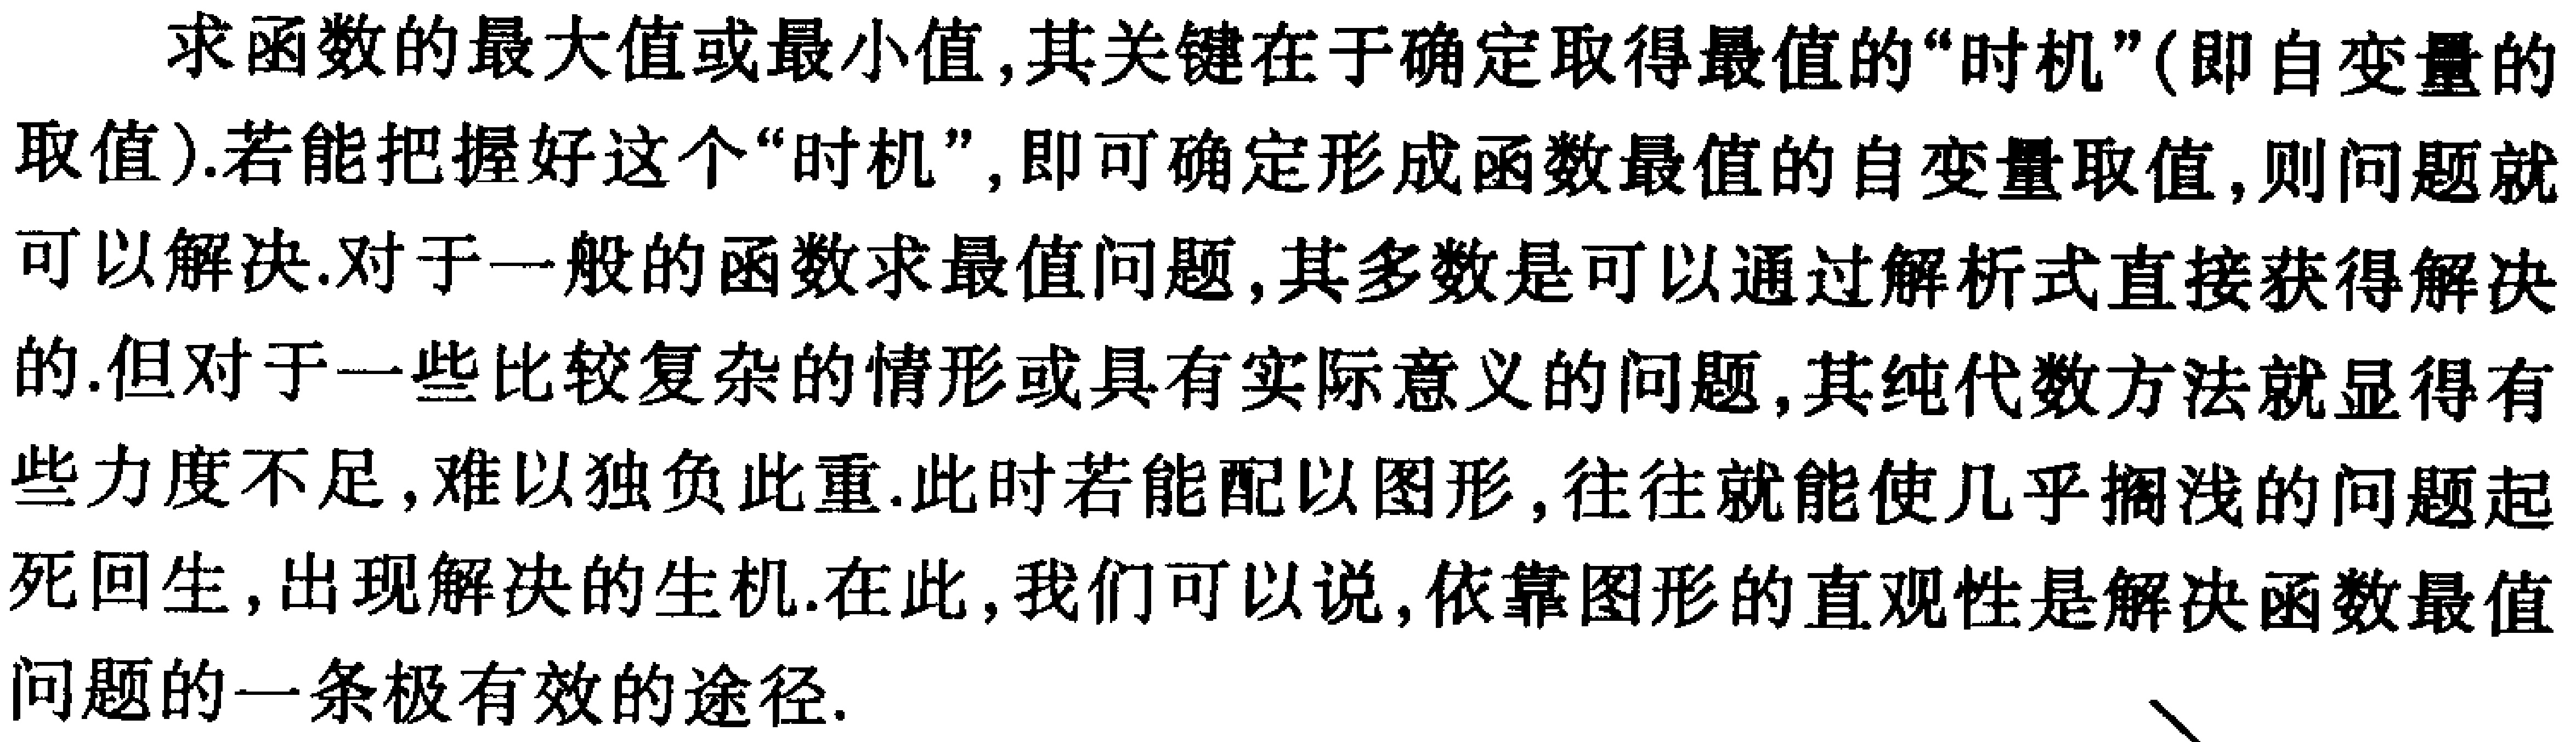
求函数的最大值或最小值,其关键在于确定取得最值的“时机”(即自变量的取值).若能把握好这个“时机”,即可确定形成函数最值的自变量取值,则问题就可以解决.对于一般的函数求最值问题,其多数是可以通过解析式直接获得解决的.但对于一些比较复杂的情形或具有实际意义的问题,其纯代数方法就显得有些力度不足,难以独负此重.此时若能配以图形,往往就能使几乎搁浅的问题起死回生,出现解决的生机.在此,我们可以说,依靠图形的直观性是解决函数最值问题的一条极有效的途径.